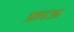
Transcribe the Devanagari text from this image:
फ्राऊ